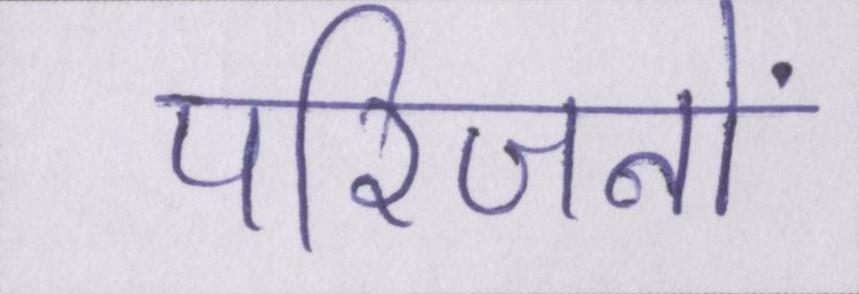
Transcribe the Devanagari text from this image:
परिजनों